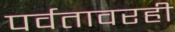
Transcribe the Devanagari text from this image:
पर्वतावरही